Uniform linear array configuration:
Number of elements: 8
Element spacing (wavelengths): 1
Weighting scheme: uniform
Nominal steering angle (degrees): -45
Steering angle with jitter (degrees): -46.304
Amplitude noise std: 0.05
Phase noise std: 0.05

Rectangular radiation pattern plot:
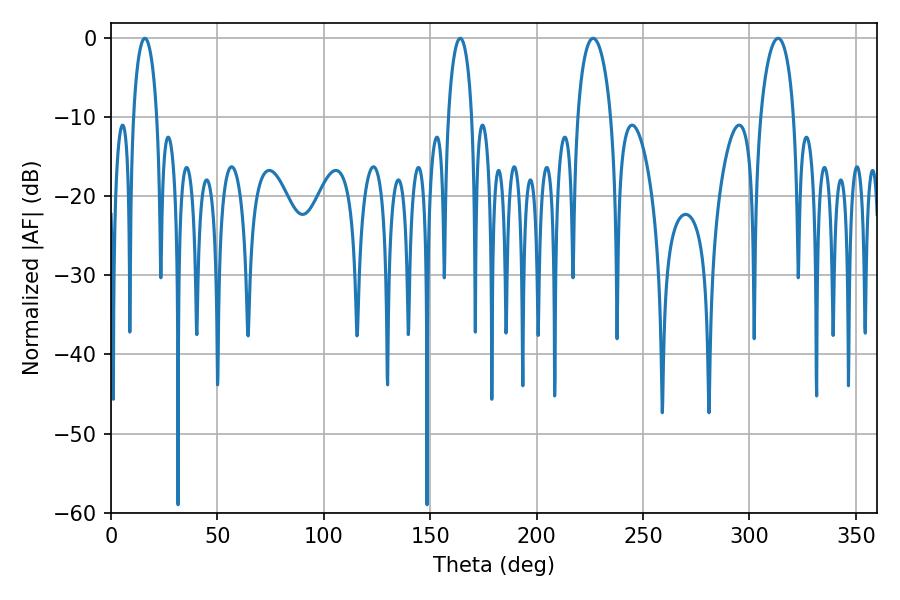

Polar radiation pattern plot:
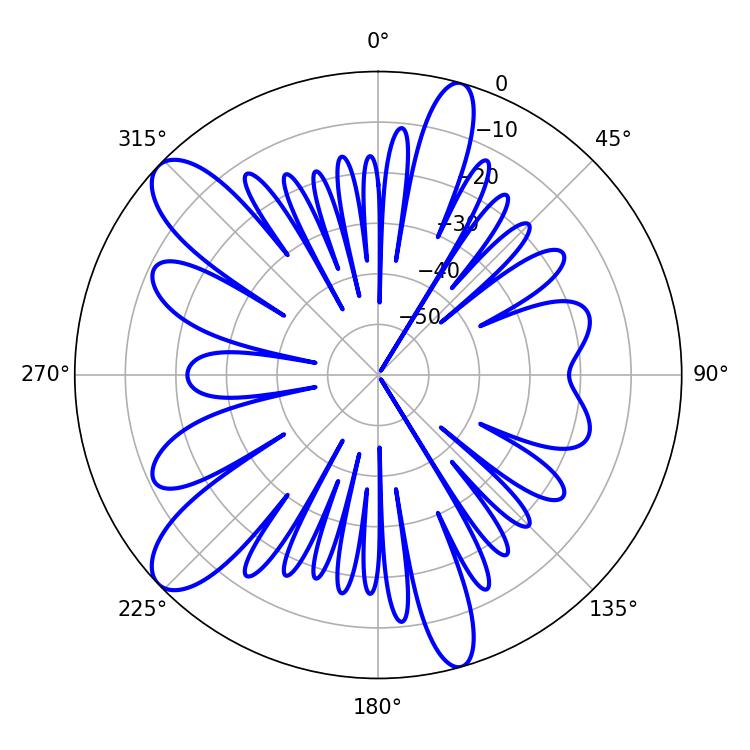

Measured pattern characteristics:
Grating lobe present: TRUE
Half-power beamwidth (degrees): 9
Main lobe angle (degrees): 226.62